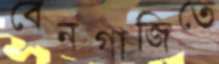
বেনগাজিতে